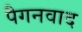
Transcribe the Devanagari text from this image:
पैगनवाद